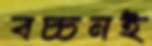
বচ্চনই